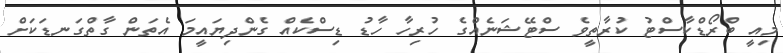
މިއީ ބްރޯޑްކާސްޓު ކުރާތީވެ ސްޓޭޝަނެއްގެ ހުރިހާ ހާޑު ޑިސްކެއް ގެންދިޔައީމަ އެތަން ގާތްގަނޑަކަށް